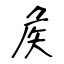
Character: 矦